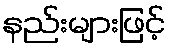
နည်းများဖြင့်